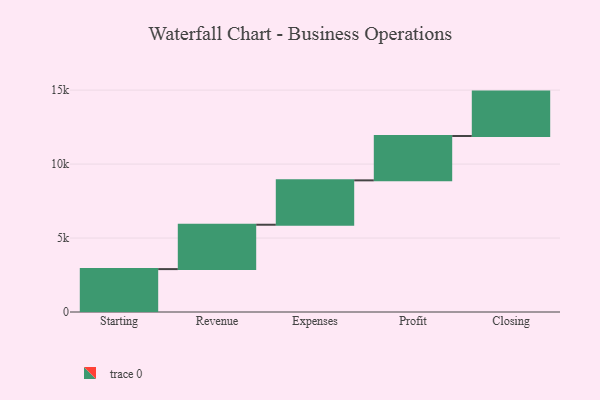
{"axis": {"x": "Step", "y": "Value"}, "legend": [""], "data": [{"x": "Starting", "y": 2900.0, "type": ""}, {"x": "Revenue", "y": 3000, "type": ""}, {"x": "Expenses", "y": 3000, "type": ""}, {"x": "Profit", "y": 3000, "type": ""}, {"x": "Closing", "y": 3000, "type": ""}]}